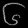
Digit: ၆